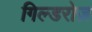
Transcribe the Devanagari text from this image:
गिल्डरोज़